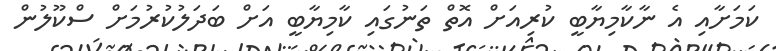
ކަމަށާއި އެ ނާކާމިޔާބީ ކުރިއަށް އޮތް ތަނުގައި ކާމިޔާބީ އަށް ބަދަލުކުރުމަށް ސްކޫލުން